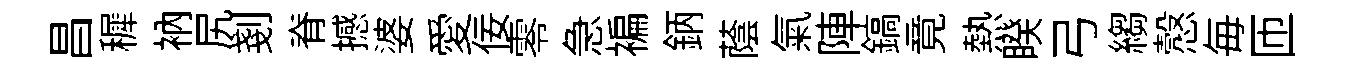
昌穉衲尻剗脊撼婆愛佞零急褊鈵蔭氣陣鎬竟熱睽弓縐慤毎匝